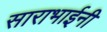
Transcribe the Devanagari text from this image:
साराभाईनी